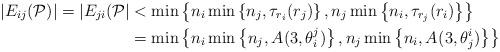
LaTeX: \begin{align*}|E_{ij}(\mathcal{P})|=|E_{ji}(\mathcal{P}| &< \min\left\{n_{i}\min\left\{n_{j},\tau_{r_{i}}(r_{j})\right\},n_{j} \min\left\{n_{i},\tau_{r_{j}}(r_{i})\right\}\right\} \\&=\min\left\{n_{i}\min\left\{n_{j},A^{}(3,\theta_{i}^{j})\right\},n_{j} \min\left\{n_{i},A^{}(3,\theta_{j}^{i})\right\}\right\}\end{align*}